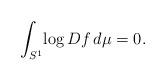
LaTeX: \begin{align*} \int_{S^1}\!\log Df\,d\mu=0.\end{align*}